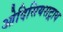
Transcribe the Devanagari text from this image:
ओदिसियसट्राय